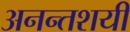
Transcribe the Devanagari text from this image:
अनन्तशयी